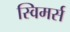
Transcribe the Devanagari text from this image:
स्विमर्स